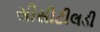
સીસીટીલડી